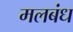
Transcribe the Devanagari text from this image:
मलबंध